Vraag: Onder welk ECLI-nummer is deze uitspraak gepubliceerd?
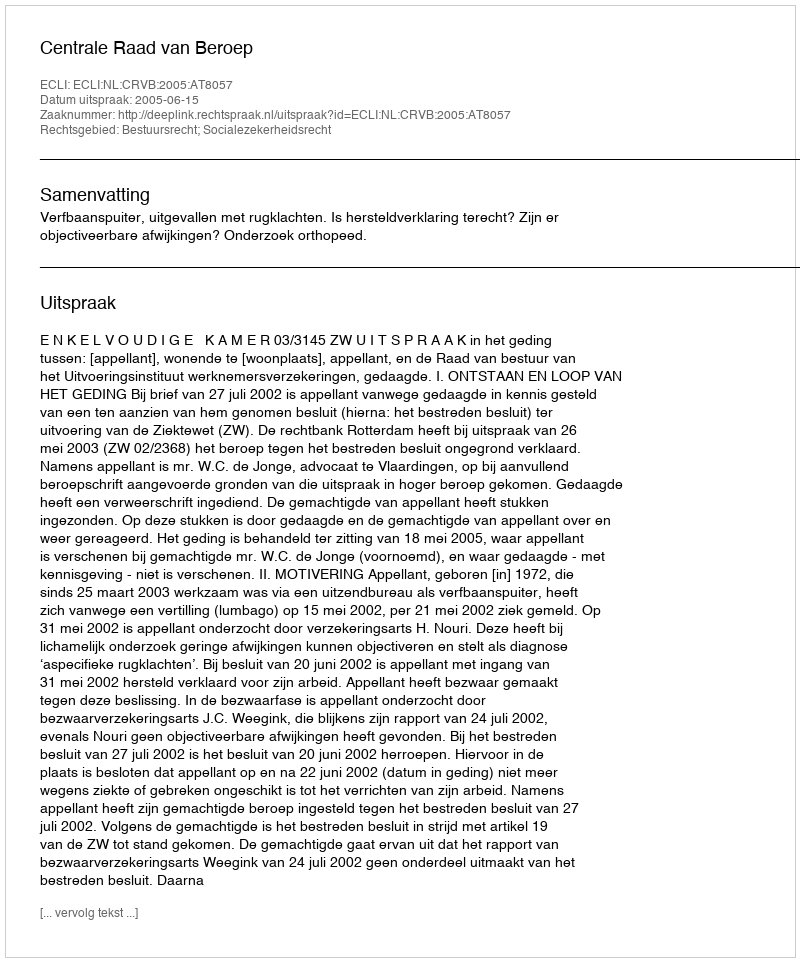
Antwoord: ECLI:NL:CRVB:2005:AT8057